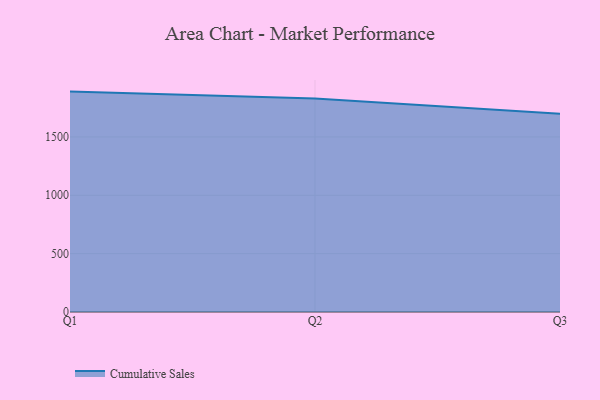
{"axis": {"x": "Quarter", "y": "Humidity (%)"}, "legend": ["Cumulative Sales"], "data": [{"x": "Q1", "y": 1888.5, "type": "Cumulative Sales"}, {"x": "Q2", "y": 1828.8, "type": "Cumulative Sales"}, {"x": "Q3", "y": 1699.3, "type": "Cumulative Sales"}]}